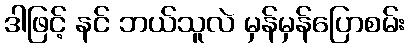
ဒါဖြင့် နင် ဘယ်သူလဲ မှန်မှန်ပြောစမ်း